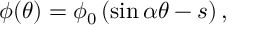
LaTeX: \phi ( \theta ) = \phi _ { 0 } \left( \sin \alpha \theta - s \right) ,